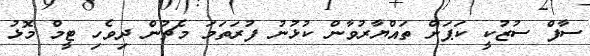
ސާފް ސުޒުކީ ކަޕަށް ތައްޔާރުވާން ކުޅުނު ފުރަތަމަ މެޗުން ދިވެހި ޓީމް މޮޅު